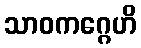
သာဝကဂ္ဂေဟိ